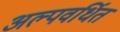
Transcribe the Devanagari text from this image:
अल्पवर्धित